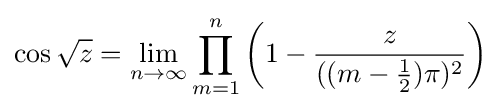
\cos {\sqrt {z}}=\lim _{n\to \infty }\prod _{m=1}^{n}\left(1-{\frac {z}{((m-{\frac {1}{2}})\pi )^{2}}}\right)